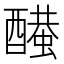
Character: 𨣂